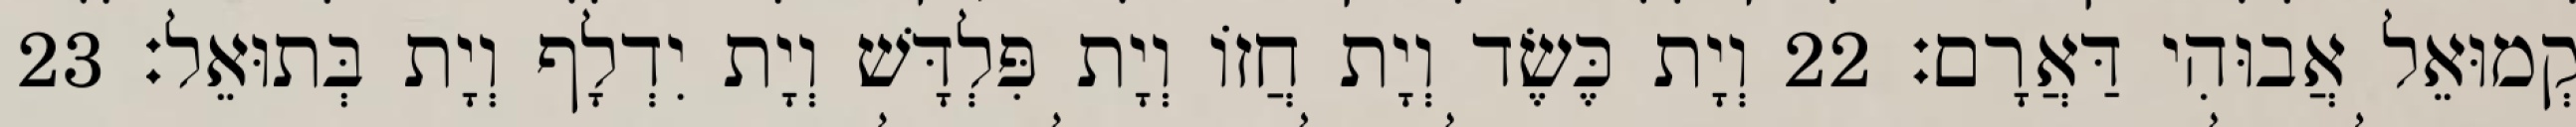
קְמוּאֵל אֲבוּהִי דַּאֲרָם׃ 22 וְיָת כֶּשֶׂד וְיָת חֲזוֹ וְיָת פִּלְדָּשׁ וְיָת יִדְלָף וְיָת בְּתוּאֵל׃ 23